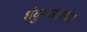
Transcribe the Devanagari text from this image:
शंकुनाखरगीत